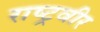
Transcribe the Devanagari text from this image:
राष्ट्रवीर